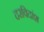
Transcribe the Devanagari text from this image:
दरविदांश